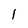
Character: l